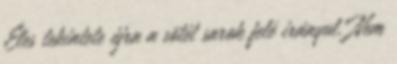
Éles tekintete újra a sötét sarok felé irányul. Nem